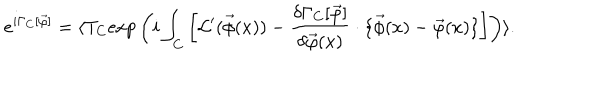
LaTeX: e ^ { i \Gamma _ { C } [ \vec { \varphi } ] } = \langle T _ { C } \mathrm { e x p } \left( i \int _ { C } \left[ { \cal L } ^ { \prime } ( \vec { \phi } ( x ) ) - \frac { \delta \Gamma _ { C } [ \vec { \varphi } ] } { \delta \vec { \varphi } ( x ) } \cdot \{ \vec { \phi } ( x ) - \vec { \varphi } ( x ) \} \right] \right) \rangle .